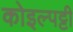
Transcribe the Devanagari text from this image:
कोइल्पट्टी